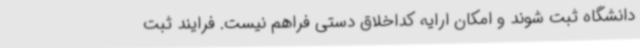
دانشگاه ثبت شوند و امکان ارایه کداخلاق دستی فراهم نیست. فرایند ثبت